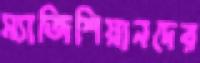
ম্যাজিশিয়ানদের